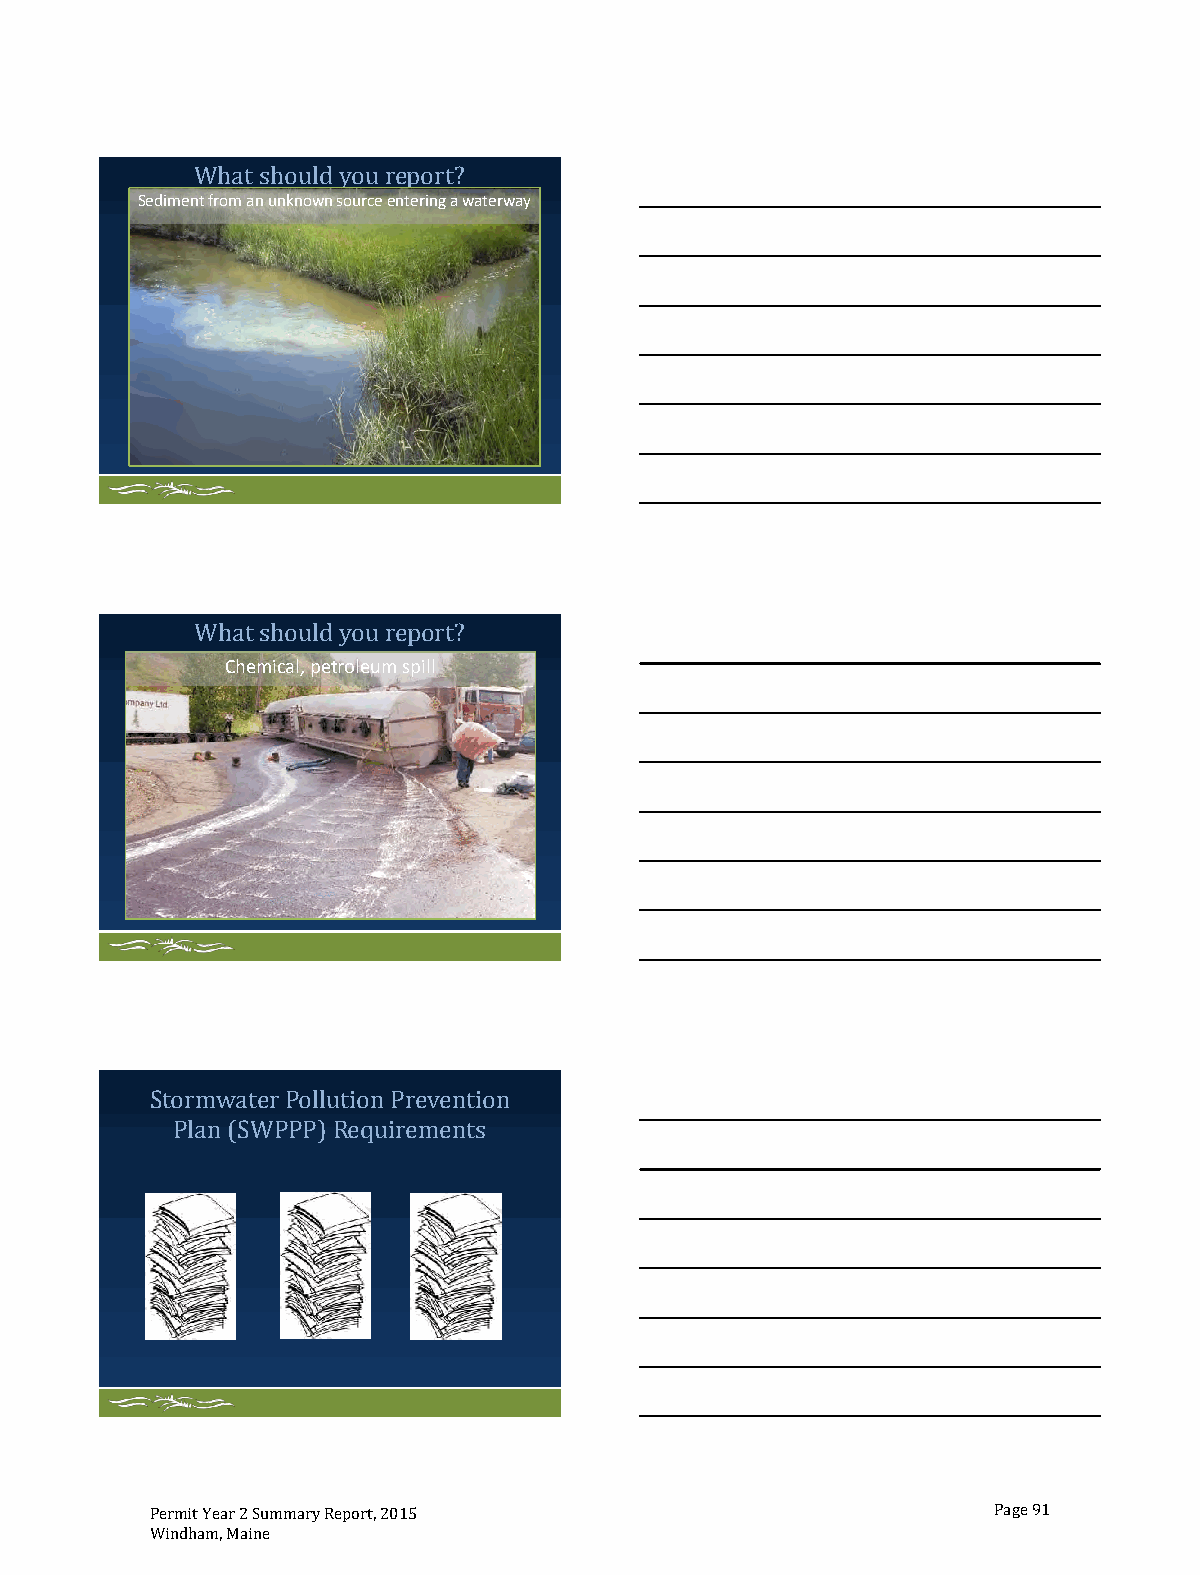
What sh   ou r
 Sediment from an unknown source entering a waterway
 ouldy  eport?
 t s  ld ou r
 Chemical, petroleum spill
 Wha  hou y   eport?
 er            ion
 Plan (SW
 Stormwat PollutionPrevent
 PPP)Requirements
 Permit Year 2 Summary Report, 2015                      Page 91
 Windham, Maine